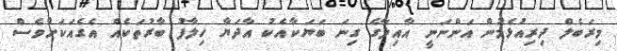
މިރަބެލް ދިރިއުޅެމުން އަންނަނީ އާއިލާގެ ގިނަ ބަޔަކާއެކު އާދަޔާ ހިލާފު ބާރުތަކެއް އެގެއަކަށްވެސް